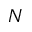
N